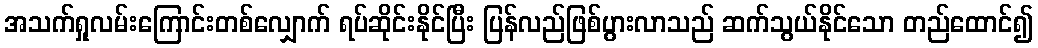
အသက်ရှုလမ်းကြောင်းတစ်လျှောက် ရပ်ဆိုင်းနိုင်ပြီး ပြန်လည်ဖြစ်ပွားလာသည် ဆက်သွယ်နိုင်သော တည်ထောင်၍